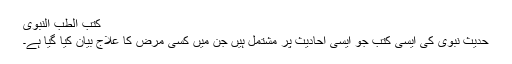
کتب الطب النبوی
حدیث نبوی کی ایسی کتب جو ایسی احادیث پر مشتمل ہیں جن میں کسی مرض کا علاج بیان کیا گیا ہے۔